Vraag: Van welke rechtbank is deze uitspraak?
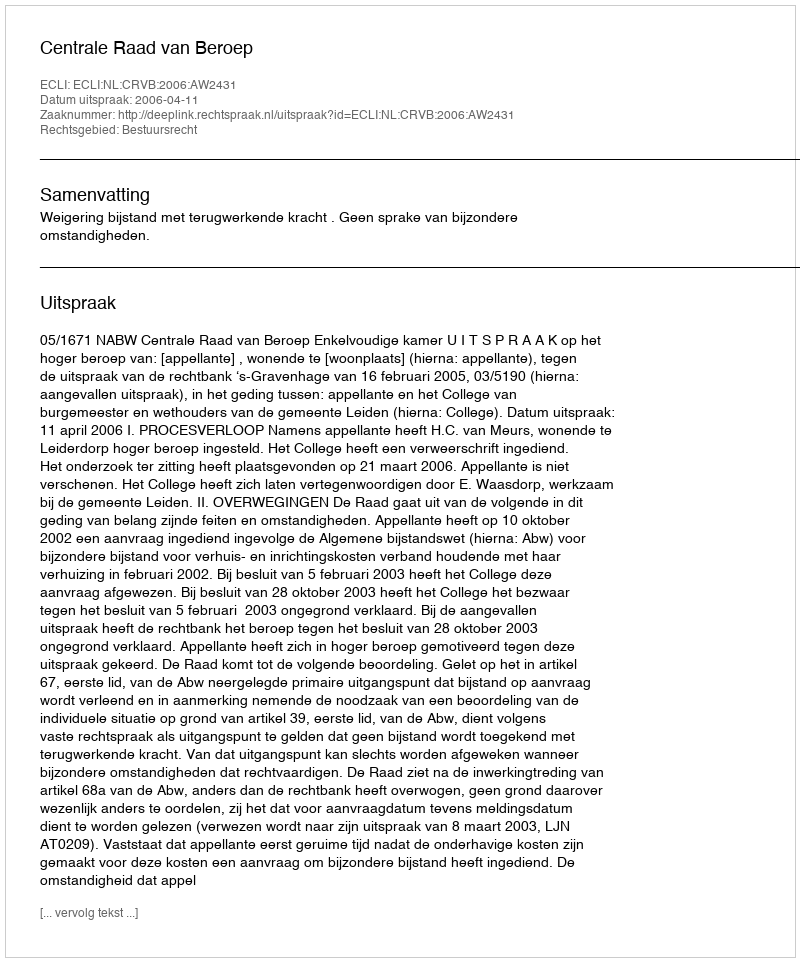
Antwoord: Centrale Raad van Beroep